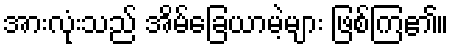
အားလုံးသည် အိမ်ခြေယာမဲ့များ ဖြစ်ကြ၏။